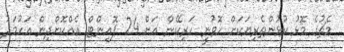
މެޗުގެ މޮޅު ކުުޅުންތެރިޔަކަށް ހޮވުނީ ހަރިކޭން އަށް 24 ޕޮއިންޓް އެއްކޮށްދިން އަހުމަދު